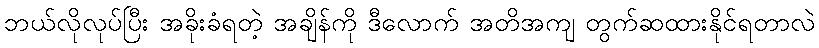
ဘယ်လိုလုပ်ပြီး အခိုးခံရတဲ့ အချိန်ကို ဒီလောက် အတိအကျ တွက်ဆထားနိုင်ရတာလဲ